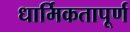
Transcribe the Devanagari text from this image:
धार्मिकतापूर्ण